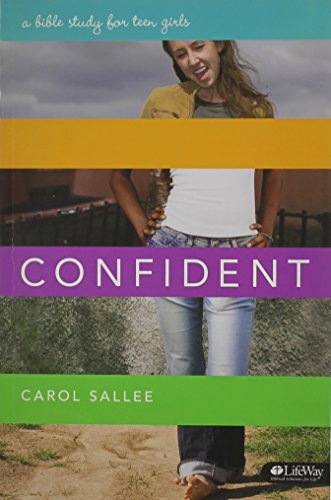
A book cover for Confident a Bible Study for Teen Girls; Carol Sallee; Christian Books & Bibles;